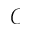
\mathcal { C }